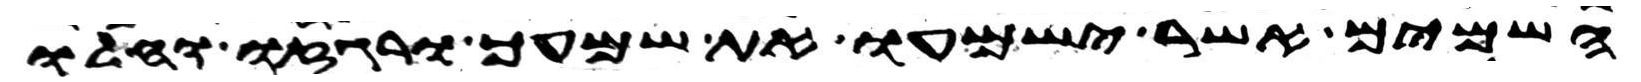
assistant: השמים אשר ישמעו את שמעך ורגזו וחלו